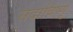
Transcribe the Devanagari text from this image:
सदाविष्णु